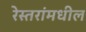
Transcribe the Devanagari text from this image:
रेस्तरांमधील